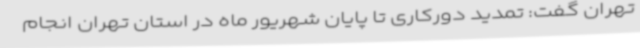
تهران گفت: تمدید دورکاری تا پایان شهریور ماه در استان تهران انجام